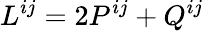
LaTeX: L^{ij}=2P^{ij}+Q^{ij}